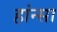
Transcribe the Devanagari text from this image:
हांन्सा